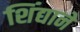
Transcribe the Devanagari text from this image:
शिंद्याने